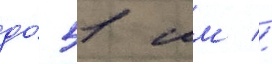
до́ 51 мм //